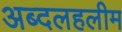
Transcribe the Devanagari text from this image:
अब्दलहलीम